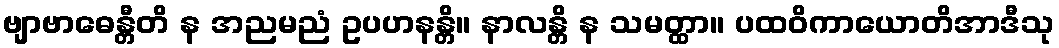
ဗျာဗာဓေန္တီတိ န အညမညံ ဥပဟနန္တိ။ နာလန္တိ န သမတ္ထာ။ ပထဝိကာယောတိအာဒီသု